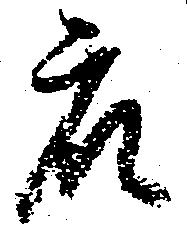
衆